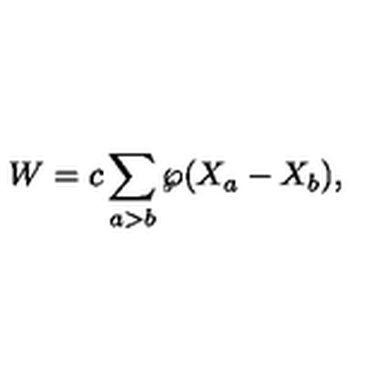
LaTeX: W = c \sum _ { a > b } \wp ( X _ { a } - X _ { b } ) ,